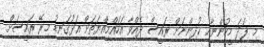
މި ފަދަ މީހުންނާއި ކުދިންނަށް ރައީސް ދެއްވާ އަހައްމިއްޔަތަށް އަޅުގަނޑު މިރޭ ރައީސަށް